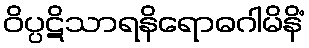
ဝိပ္ပဋိသာရနိရောဓဂါမိနိံ